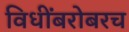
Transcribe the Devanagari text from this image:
विधींबरोबरच